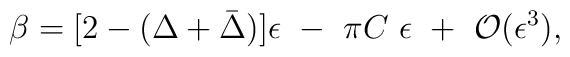
\beta=[2-(\Delta+\bar\Delta)]\epsilon~-~\pi C~\epsilon~+~{\cal O}(\epsilon^3),